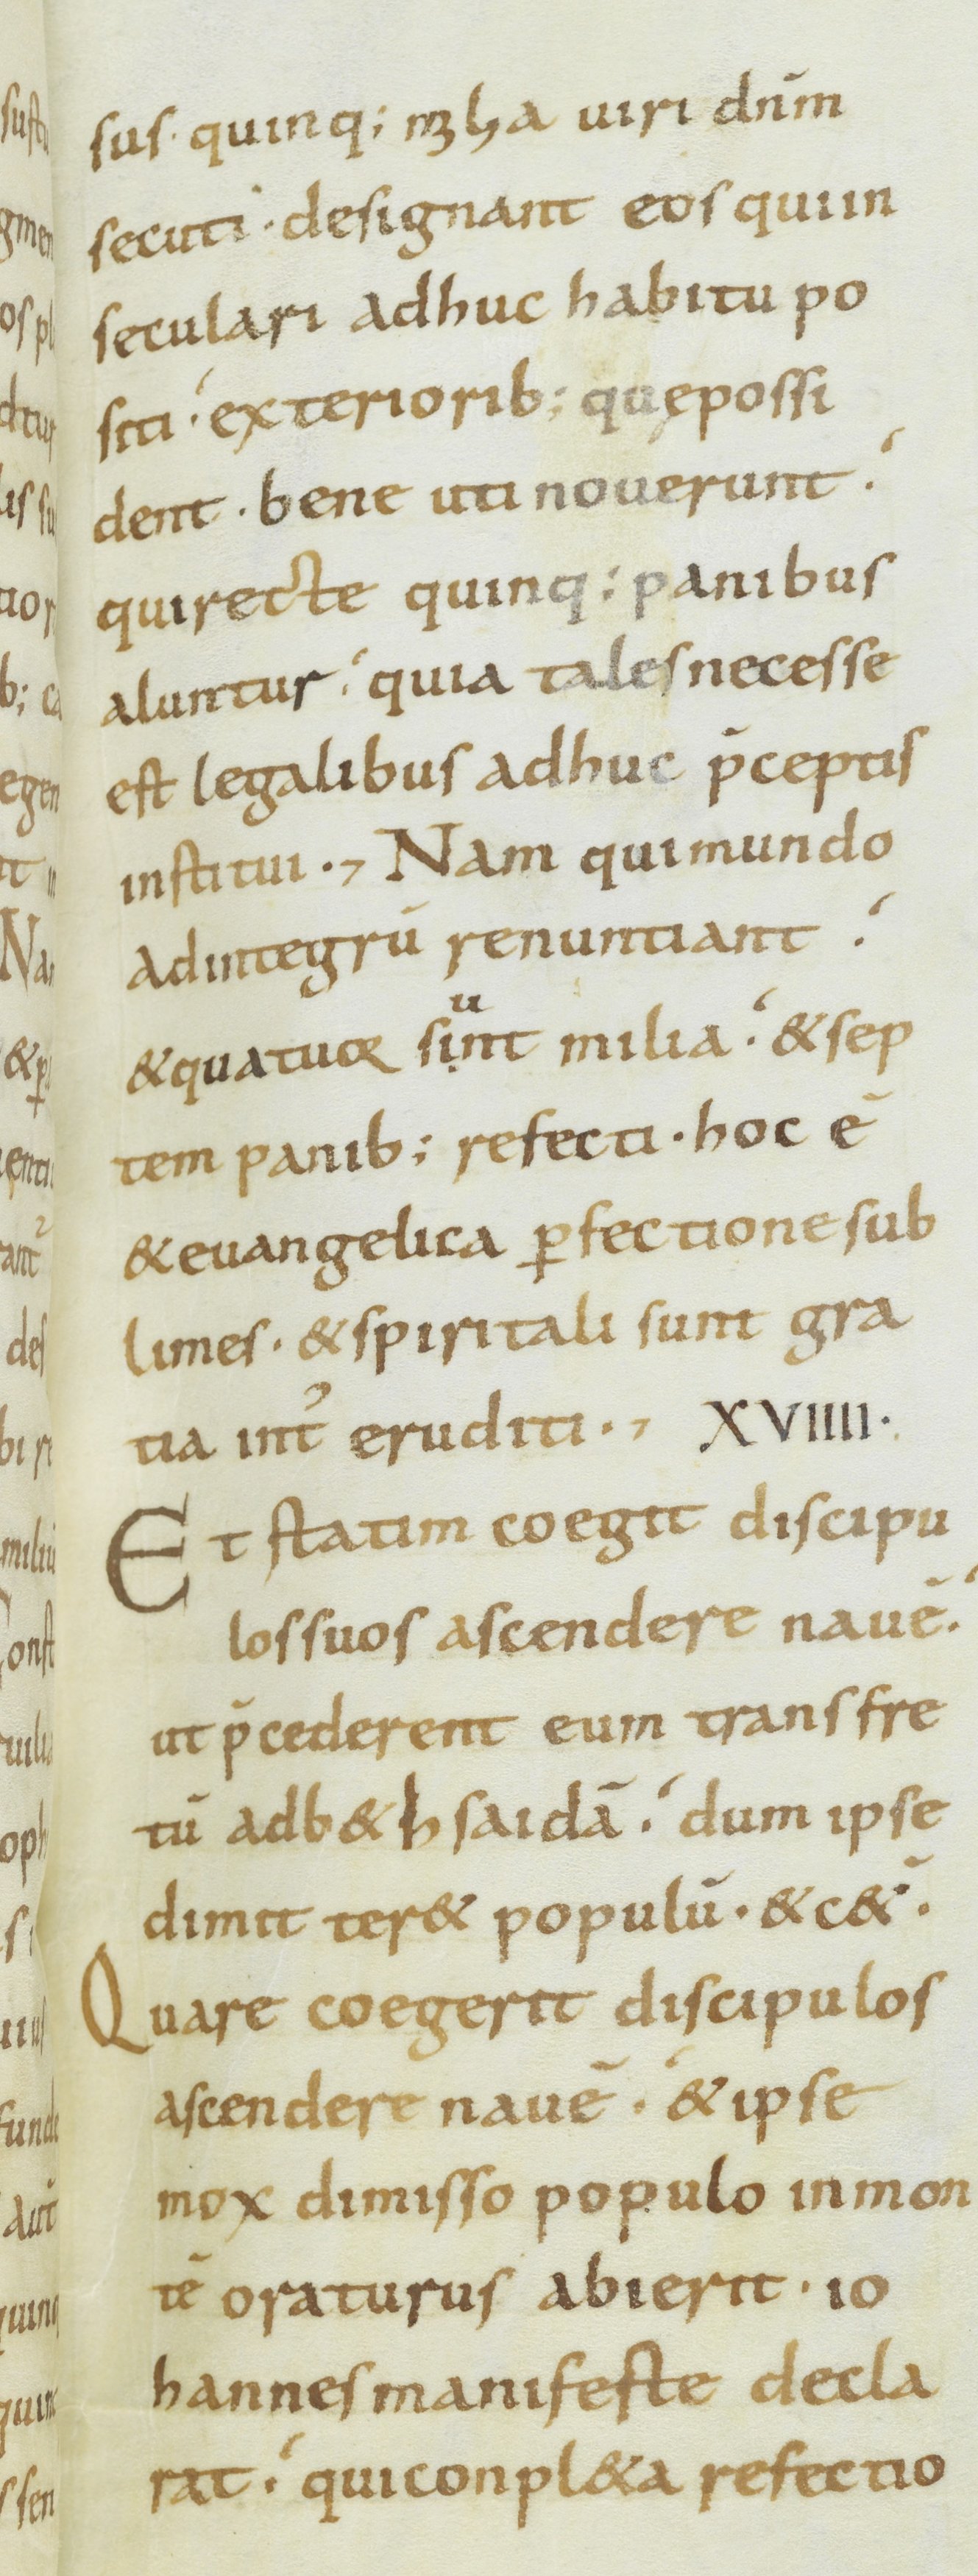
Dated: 800–899